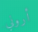
أروني